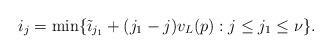
LaTeX: \begin{align*}i_j=\min\{\tilde{\imath}_{j_1}+(j_1-j)v_L(p):j\le j_1\le\nu\}.\end{align*}